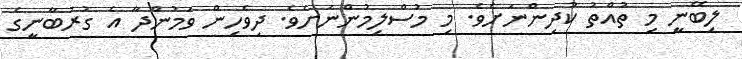
ލިބޭނީ މި ތުއްތު ކުދިންނަށެވެ. މި މުސްލިމުންނަށެވެ. ދިވެހިން ވަމުންދާ އެ ގުރުބާނީގެ